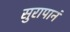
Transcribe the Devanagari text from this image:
सुरापानं